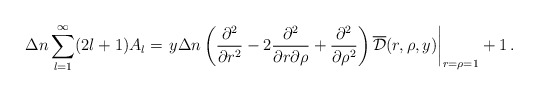
\begin{align*}\Delta n\sum_{l=1}^\infty (2l+1)A_l=\left . y\Delta n \left(\frac{\partial ^2}{\partial r^2}-2\frac{\partial ^2}{\partial r\partial \rho}+\frac{\partial^2}{\partial \rho^2}\right )\overline{\cal D}(r,\rho,y)\right |_{r=\rho=1}+1\,{.}\end{align*}